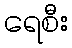
ရေစီး